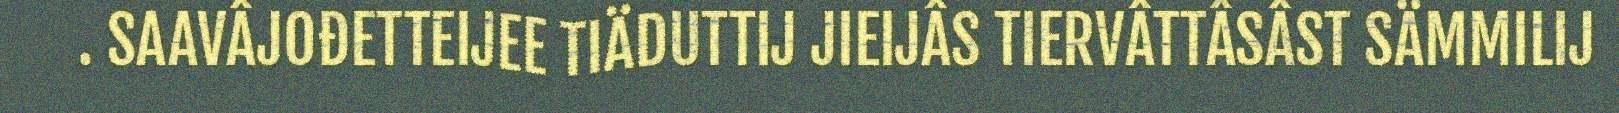
. SAAVÂJOĐETTEIJEE TIÄDUTTIJ JIEIJÂS TIERVÂTTÂSÂST SÄMMILIJ